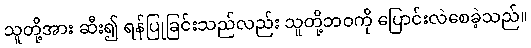
သူတို့အား ဆီး၍ ရန်ပြုခြင်းသည်လည်း သူတို့ဘဝကို ပြောင်းလဲစေခဲ့သည်။